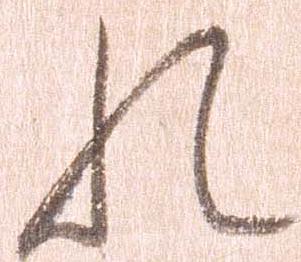
れ